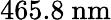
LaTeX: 465.8~\mathrm{nm}